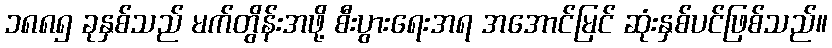
၁၈၈၅ ခုနှစ်သည် မက်တွိန်းအဖို့ စီးပွားရေးအရ အအောင်မြင် ဆုံးနှစ်ပင်ဖြစ်သည်။